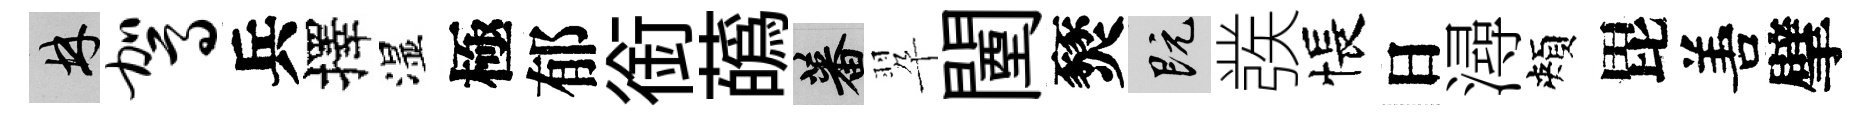
林驾兵擇湿極郁銜蘤蕃翆闉燹既彂悵日潯頰毘𠵊擘